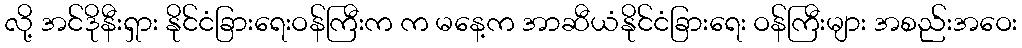
လို့ အင်ဒိုနီးရှား နိုင်ငံခြားရေးဝန်ကြီးက က မနေ့က အာဆီယံနိုင်ငံခြားရေး ဝန်ကြီးများ အစည်းအဝေး